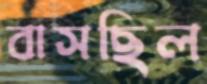
বাসছিল